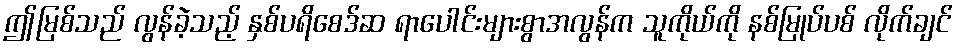
ဤမြစ်သည် လွန်ခဲ့သည့် နှစ်ပရိစေဒ်ဆ ရာပေါင်းများစွာအလွန်က သူကိုယ်ကို နစ်မြုပ်ပစ် လိုက်ချင်